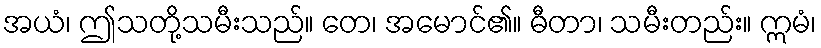
အယံ၊ ဤသတို့သမီးသည်။ တေ၊ အမောင်၏။ ဓီတာ၊ သမီးတည်း။ ဣမံ၊